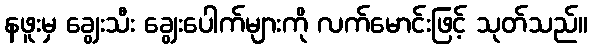
နဖူးမှ ချွေးသီး ချွေးပေါက်များကို လက်မောင်းဖြင့် သုတ်သည်။